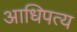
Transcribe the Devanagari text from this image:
अाधिपत्य